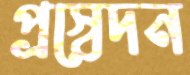
প্রস্বেদন